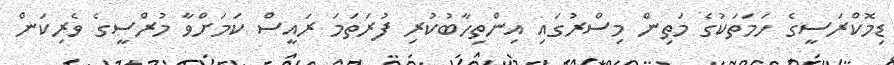
ޑިމޮކްރަސީގެ ހަމަތަކުގެ މަތިން މިސްރުގައި އިންތިހާބުކުރި ފުރަތަމަ ރައީސް ކަމަށްވާ މުރްސީގެ ވެރިކަން